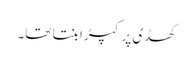
کھڈی پر کپڑا بنتا تھا۔